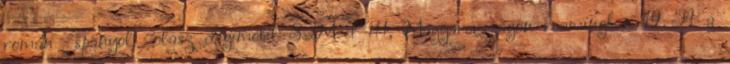
román spanyol olasz digimobil SIM-el itt, Magyarországon roamingban 19 Ft a